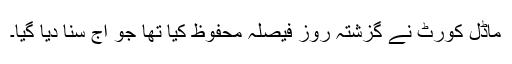
ماڈل کورٹ نے گزشتہ روز فیصلہ محفوظ کیا تھا جو آج سنا دیا گیا۔